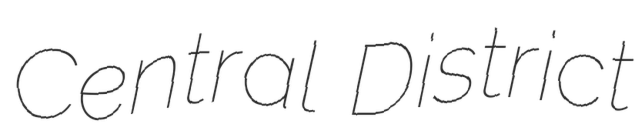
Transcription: Central District